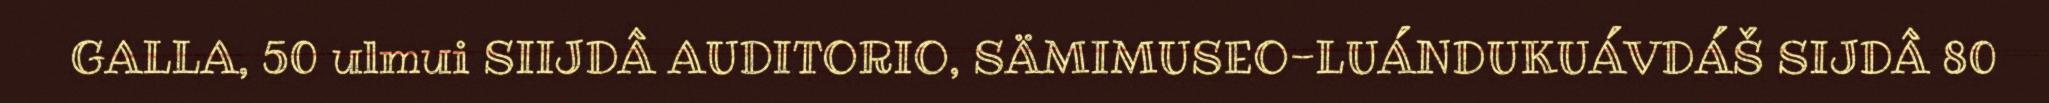
GALLA, 50 ulmui SIIJDÂ AUDITORIO, SÄMIMUSEO-LUÁNDUKUÁVDÁŠ SIJDÂ 80